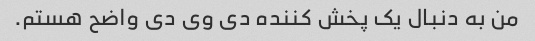
من به دنبال یک پخش کننده دی وی دی واضح هستم.